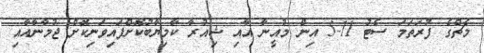
މެޗްގެ ފުރަތަމަ ސެޓު 11-5 އިން މުއީނާ އާއި ޝިއުރާ ކާމިޔާބުކޮށްފައިވަނިކޮށް ޖުމާނާއާއި